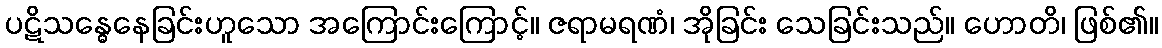
ပဋိသန္ဓေနေခြင်းဟူသော အကြောင်းကြောင့်။ ဇရာမရဏံ၊ အိုခြင်း သေခြင်းသည်။ ဟောတိ၊ ဖြစ်၏။